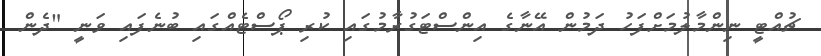
ޗުއްޓީ ނިންމާލުމަށްފަހު ދަމުން އޭނާގެ އިންސްޓަގުރާމުގައި ކުރި ޕޯސްޓެއްގައި ބުނެފައި ވަނީ "ދެން